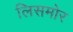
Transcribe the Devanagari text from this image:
लिसमोर